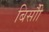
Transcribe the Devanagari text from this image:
बिसौी